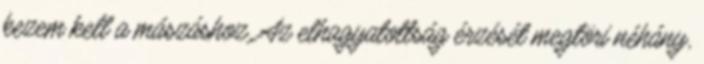
kezem kell a mászáshoz. Az elhagyatottság érzését megtöri néhány,